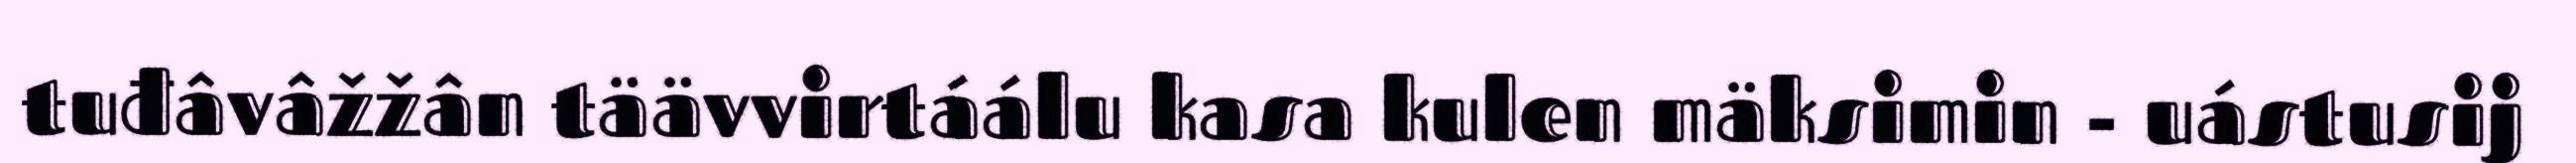
tuđâvâžžân täävvirtáálu kasa kulen mäksimin - uástusij